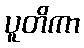
ပူတိကာ